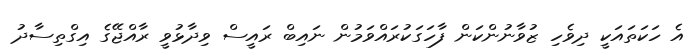
އެ ހަކަތައަކީ ދިވެހި ޒުވާނުންކަން ފާހަގަކުރައްވަމުން ނައިބް ރައީސް ވިދާޅުވީ ރާއްޖޭގެ އިގްތިސާދު